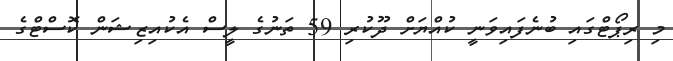
މި ރިޕޯޓްގައި ބުނެފައިވަނީ ކުއްޔަށް ދޫކުރި 59 ތަނުގެ ލީސް އެކުއިޒިޝަން ކޮސްޓްގެ